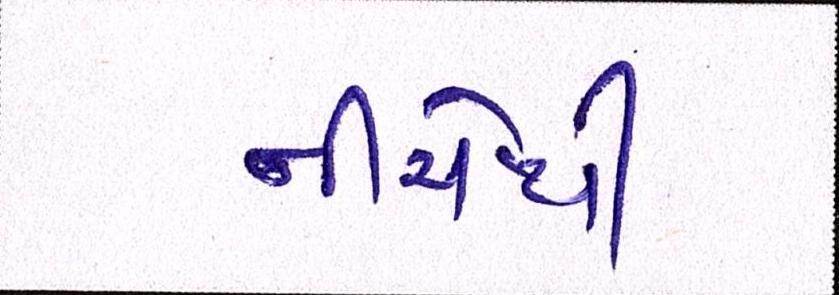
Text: નીચેથી